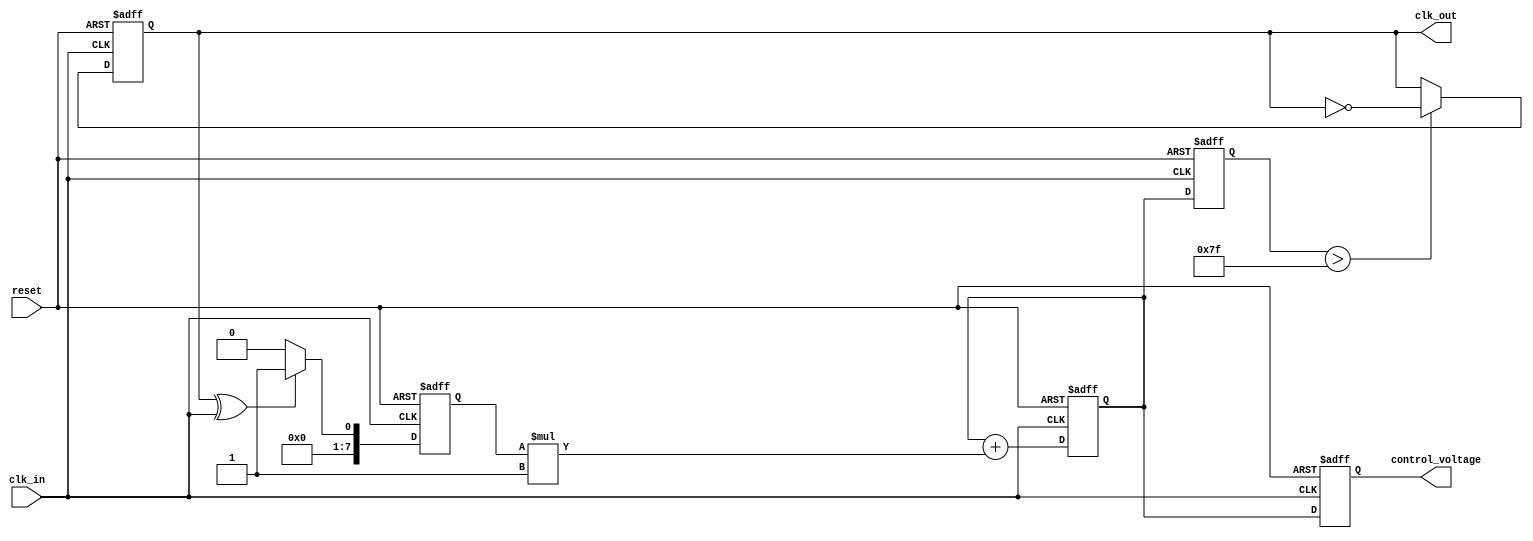
module clock_recovery_pll (
    input wire clk_in,          // Incoming data signal
    input wire reset,           // Reset signal
    output reg clk_out,         // Output clock signal
    output reg [7:0] control_voltage // Control voltage for VCO
);

// Parameters
parameter VCO_MAX_FREQ = 8'd255; // Maximum frequency for VCO
parameter VCO_MIN_FREQ = 8'd0;    // Minimum frequency for VCO
parameter LOOP_FILTER_GAIN = 8'd1; // Gain for loop filter

// Internal signals
reg [7:0] phase_error;          // Phase error signal
reg [7:0] vco_freq;             // Current frequency of VCO
reg [7:0] loop_filter_output;    // Output of the loop filter

// Phase Detector (PD)
always @(posedge clk_in or posedge reset) begin
    if (reset) begin
        phase_error <= 8'd0;
    end else begin
        // Simple XOR phase detector
        phase_error <= (clk_out ^ clk_in) ? 8'd1 : 8'd0; // Phase error signal
    end
end

// Loop Filter (LF)
always @(posedge clk_in or posedge reset) begin
    if (reset) begin
        loop_filter_output <= 8'd0;
    end else begin
        // Simple first-order loop filter
        loop_filter_output <= loop_filter_output + (phase_error * LOOP_FILTER_GAIN);
    end
end

// Voltage-Controlled Oscillator (VCO)
always @(posedge clk_in or posedge reset) begin
    if (reset) begin
        vco_freq <= VCO_MIN_FREQ;
        clk_out <= 1'b0;
    end else begin
        // Adjust VCO frequency based on loop filter output
        vco_freq <= loop_filter_output;
        // Generate output clock based on VCO frequency
        clk_out <= (vco_freq > (VCO_MAX_FREQ / 2)) ? ~clk_out : clk_out; // Simple toggle based on frequency
    end
end

// Control Voltage Output
always @(posedge clk_in or posedge reset) begin
    if (reset) begin
        control_voltage <= 8'd0;
    end else begin
        control_voltage <= loop_filter_output; // Output control voltage
    end
end

endmodule